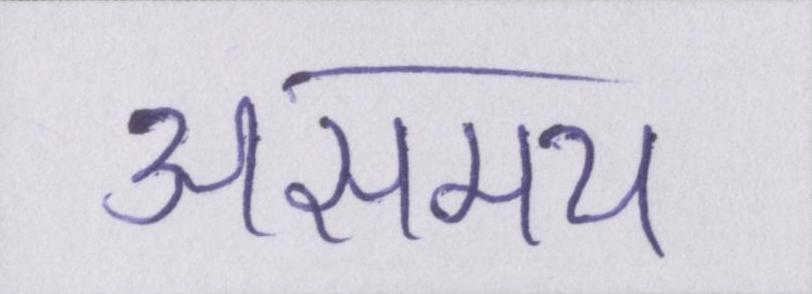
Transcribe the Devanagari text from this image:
असमय